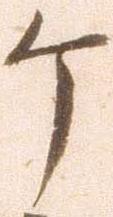
ケ